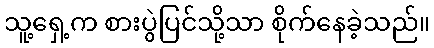
သူ့ရှေ့က စားပွဲပြင်သို့သာ စိုက်နေခဲ့သည်။